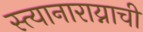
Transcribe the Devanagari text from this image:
स्त्यानाराय्नाची